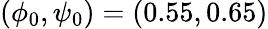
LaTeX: (\phi_{0},\psi_{0})=(0.55,0.65)